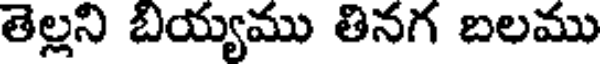
తెల్లని బియ్యము తినగ బలము